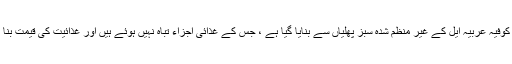
گرین کافی بین کا عرق کوفیہ عربیہ ایل کے غیر منظم شدہ سبز پھلیاں سے بنایا گیا ہے ، جس کے غذائی اجزاء تباہ نہیں ہوئے ہیں اور غذائیت کی قیمت بنا ہوا کافی سے زیادہ ہے۔